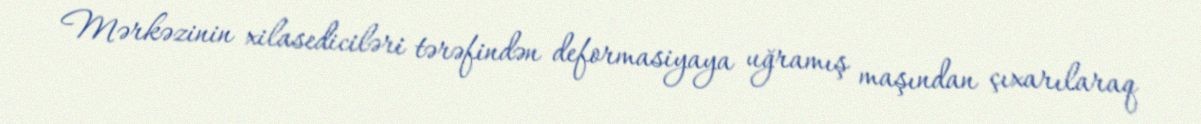
Mərkəzinin xilasediciləri tərəfindən deformasiyaya uğramış maşından çıxarılaraq